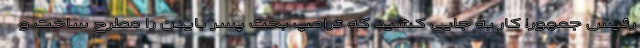
رئیس جمهور! کار به جایی کشید که ترامپ بحث پسر بایدن را مطرح ساخت و